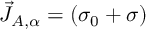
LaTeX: \vec { J } _ { A , \alpha } = ( \sigma _ { 0 } + \sigma )